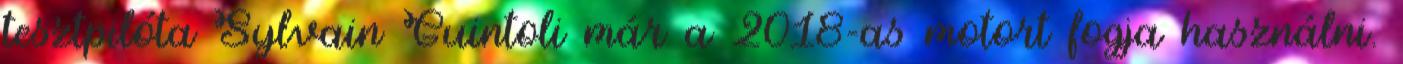
tesztpilóta Sylvain Guintoli már a 2018-as motort fogja használni.